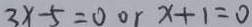
3 x - 5 = 0 o r x + 1 = 0